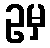
ဥမှ